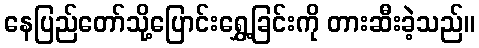
နေပြည်တော်သို့ပြောင်းရွှေ့ခြင်းကို တားဆီးခဲ့သည်။